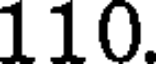
110.